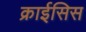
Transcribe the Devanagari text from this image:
क्राईसिस